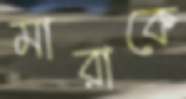
মারাকে